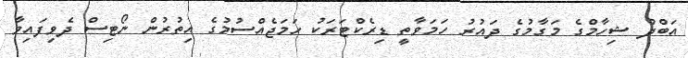
އަބްދު ޝިހާމްގެ މަގާމުގެ ދައުރު ހަމަވާތީ ޑިރެކްޓަރަކު ހަމަޖެއްސުމުގެ އިތުރުން ނޯޓިސް ދެވިފައިވާ